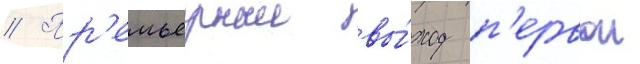
// Пр'емьерныи вы́ход п'ервои